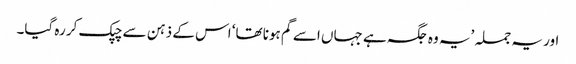
اور یہ جملہ ’یہ وہ جگہ ہے جہاں اسے گم ہونا تھا‘ اس کے ذہن سے چپک کر رہ گیا۔